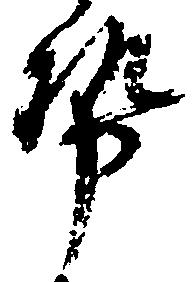
勢